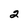
Character: 2